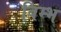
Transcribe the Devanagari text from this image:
बिम्भ